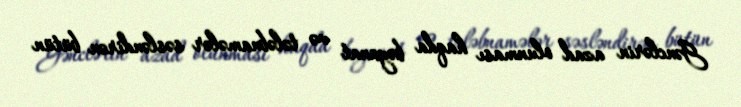
Gənclərin azad olunması haqda bəyanat və tələbnamələr səsləndirən bütün